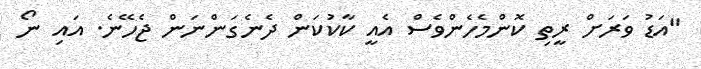
"އަޑު ވަރަށް ރީތި ކޮންމެހެންވެސް އެއީ ކާކުކަން ދެނެގަންނަން ޖެހޭނެ. އައި ނޯ